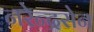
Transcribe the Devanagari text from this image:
नरेन्द्रसेन